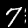
Digit: 7